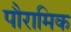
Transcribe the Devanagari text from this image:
पौरामिक